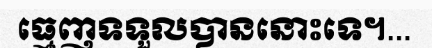
ធ្មេញទទួលបាននោះទេ។...